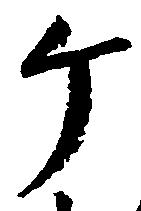
ヶ